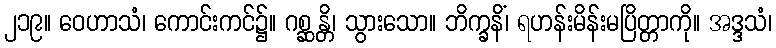
၂၁၉။ ဝေဟာသံ၊ ကောင်းကင်၌။ ဂစ္ဆန္တိ၊ သွားသော။ ဘိက္ခနိံ၊ ရဟန်းမိန်းမပြိတ္တာကို။ အဒ္ဒသံ၊